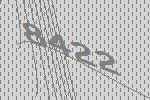
8422